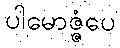
ပါမောဇ္ဇံပေ